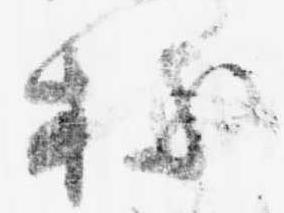
持